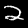
Digit: 2